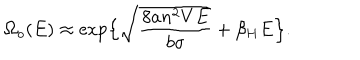
LaTeX: \Omega _ { o } ( E ) \approx \exp \Bigl \{ \sqrt { \frac { 8 a n ^ { 2 } V E } { b \sigma } } + \beta _ { H } E \Bigr \} .